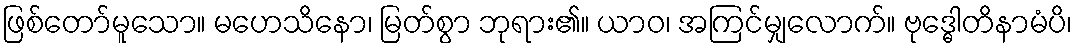
ဖြစ်တော်မူသော။ မဟေသိနော၊ မြတ်စွာ ဘုရား၏။ ယာဝ၊ အကြင်မျှလောက်။ ဗုဒ္ဓေါတိနာမံပိ၊